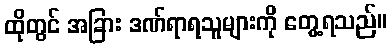
ထိုတွင် အခြား ဒဏ်ရာရသူများကို တွေ့ရသည်။